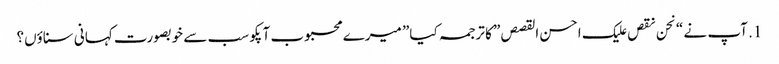
1. آپ نے “نحن نقص علیک احسن القصص” کا ترجمہ کیا” میرے محبوب آپکو سب سے خوبصورت کہانی سناؤں؟